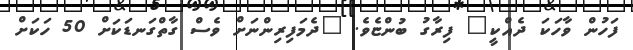
ފަހުން ވާހަކަ ދެއްކީ" ފިރާގު ބުންޏެވެ. "ދެމަފިރިންނަށް ވެސް ގާތްގަނޑަކަށް 50 ހަކަށް